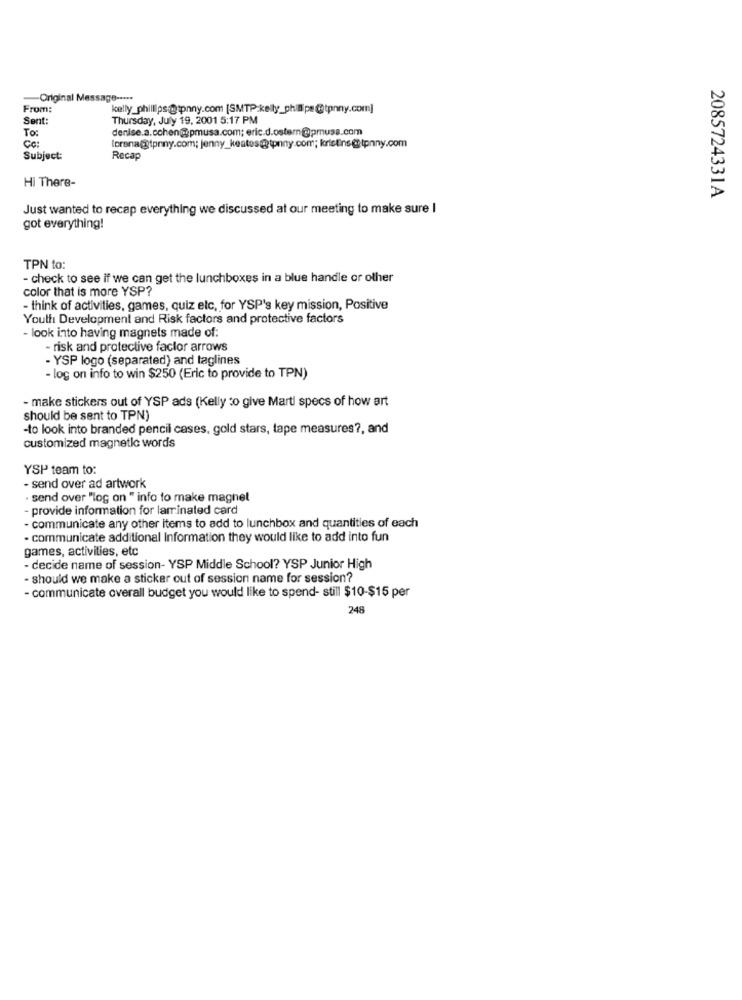
Original
Mass
From:
kelly_phillips@ipnny.com [SMTP:kelly_phillipe@tpnny.com]
Sent:
Thursday, July 19, 2001 5:17 PM
To
denise.a.cohen@@pmusa.com; eric.d.ostern@pmuse.com
Cc:
lorena@tprny.com; jenny_keatos@tpnny.com; kristins@tpnny.com
Subject:
Recap
Hi There-
2085724331A
Just wanted to recap everything we discussed at our meeting to make sure I
got everything!
TPN to:
- check to see if we can get the lunchboxes in a blue handle or other
color that is more YSP?
- think of activities, games, quiz elc, for YSP's key mission, Positive
Youth Development and Risk factors and protective factors
- look into having magnets made of:
- risk and protective faclor arrows
- YSP logo (separated) and taglines
- log on info to win $250 (Eric to provide to TPN)
- make stickers out of YSP ads (Kelly to give Marti specs of how art
should be sent to TPN)
-to look into branded pencil cases, gold stars, tape measures ?, and
customized magnetic words
YSP team to:
- send over ad artwork
· send over "log on " info to make magnet
- provide information for laminated card
- communicate any other items to add to lunchbox and quantities of each
· communicate additional Information they would like to add into fun
games, activities, etc
- decide name of session- YSP Middle School? YSP Junior High
- should we make a sticker out of session name for session?
- communicate overall budget you would like to spend- still $10-$15 per
248